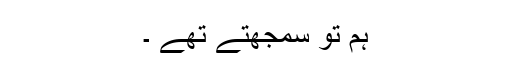
ہم تو سمجھتے تھے ۔